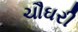
ચૌઘરી